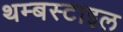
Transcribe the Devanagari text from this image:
थम्बस्टाइल